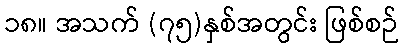
၁၈။ အသက် (၇၅)နှစ်အတွင်း ဖြစ်စဉ်